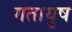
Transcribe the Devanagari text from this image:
गतायुष